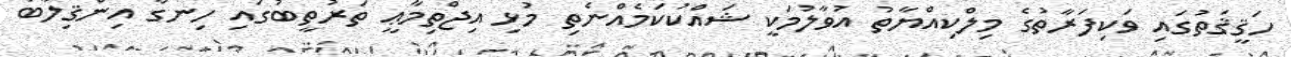
ހަޤީޤަތުގައި ވަކިފަރާތުގެ މިލްކިއްޔާތު އުވާލުމަކީ ޝައްކުކަމެއްނެތި މުޅި އިޖްތިމާޢީ ތަރުތީބުގައި ހިނގާ އިންޤިލާބު